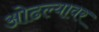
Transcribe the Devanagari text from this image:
ओढल्यावर